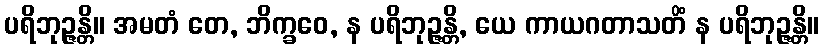
ပရိဘုဉ္ဇန္တိ။ အမတံ တေ, ဘိက္ခဝေ, န ပရိဘုဉ္ဇန္တိ, ယေ ကာယဂတာသတိံ န ပရိဘုဉ္ဇန္တိ။